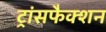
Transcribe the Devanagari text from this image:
ट्रांसफैक्शन